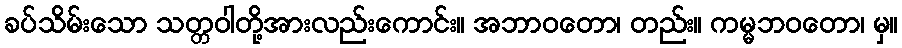
ခပ်သိမ်းသော သတ္တဝါတို့အားလည်းကောင်း။ အဘာဝတော၊ တည်း။ ကမ္မဘဝတော၊ မှ။